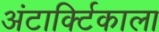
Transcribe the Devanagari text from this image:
अंटार्क्टिकाला